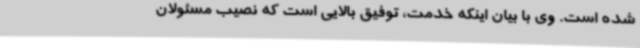
شده است. وی با بیان اینکه خدمت، توفیق بالایی است که نصیب مسئولان